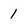
Character: 1